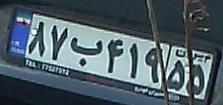
۸۷ب۴۱۹۵۵